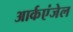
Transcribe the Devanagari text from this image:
आर्कएंजेल